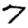
Digit: 7